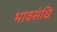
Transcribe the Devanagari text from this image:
भावसंधि